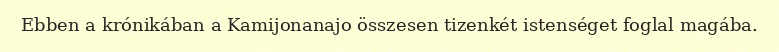
Ebben a krónikában a Kamijonanajo összesen tizenkét istenséget foglal magába.